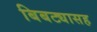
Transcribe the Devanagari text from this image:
बिबट्यासह